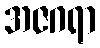
အဇဂရာ